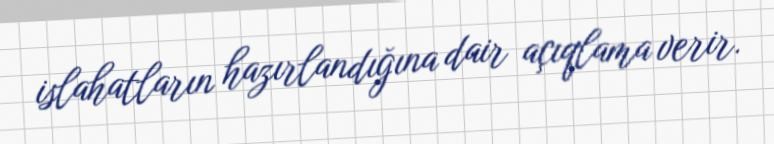
islahatların hazırlandığına dair açıqlama verir.